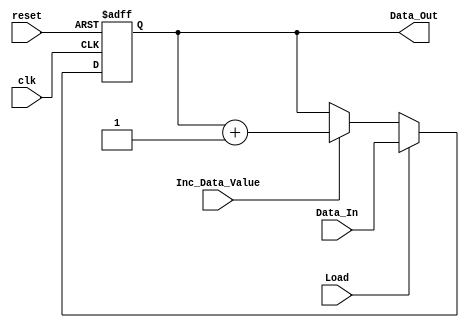
//registro de "proposito general"
//bandera de load
//bandera de incremento
//puerto de entrada
//puerto de salida

module GP_Reg
#(
	parameter Reg_Width = 16
)
(	
	input wire clk,
	input wire [Reg_Width-1:0]Data_In,
	input wire Load,
	input wire Inc_Data_Value,
	output wire [Reg_Width-1:0]Data_Out, 
	input wire reset
);

reg [Reg_Width-1:0]Data;	
initial Data = {Reg_Width{1'b0}}; //inicializar en zeros

//always@(posedge Load or posedge Inc_Data_Value) begin
always@(posedge clk, negedge reset) begin
	if(!reset) begin
		Data <= 'b0;
	end else
	if(Load) begin
		Data <= Data_In;
	end
	else if(Inc_Data_Value) begin
		Data <= Data + 1'b1; 
	end
	else
		Data <= Data;
end

assign Data_Out = Data;


	
endmodule